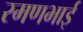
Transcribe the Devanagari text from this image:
रमणभाई